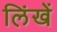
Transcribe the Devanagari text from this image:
लिंखें